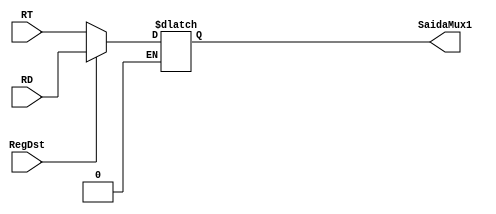
module MUX1 (RD, RT, RegDst, SaidaMux1);
  input [4:0] RD; //parte [15:11] da instrucao
  input [4:0] RT; //parte [20:16] da instrucao
  input RegDst;
  output reg [4:0] SaidaMux1;

  always @ (RegDst) begin
    if (RegDst == 1'b1) begin
      SaidaMux1 = RD;
    end
    if (RegDst == 1'b0) begin
      SaidaMux1 = RT;
    end
  end
endmodule




module MUXALU (Mux0, Mux1, ALUSrc, SaidaMuxAlu);
  input [31:0]Mux0;    //recebe Read data 2 do Banco de Registradores
  input [31:0]Mux1;   //recebe a instrucao [15:0] apos o Sign-extend
  input ALUSrc;       //Sinal de controle
  output reg[31:0] SaidaMuxAlu;

  always @(ALUSrc) begin
    if (ALUSrc == 1'b1) begin
      SaidaMuxAlu = Mux1;
    end
    if(ALUSrc == 1'b0) begin
      SaidaMuxAlu = Mux0;
    end
  end
endmodule




module MUXDataWrite (MemToReg, ReadData, ALUResult, WriteData);
  input MemToReg;
  input [31:0] ReadData;
  input [31:0] ALUResult;
  output reg [31:0] WriteData;

  always @(MemToReg) begin
    if(MemToReg == 0) begin
      WriteData = ALUResult;
    end
    if(MemToReg == 1) begin
      WriteData = ReadData;
    end
  end
endmodule




//Multiplexador do Desvio condicional
module muxDesvio (Mux0, Mux1, ControleAND, SaidaMuxAdd);
  input [31:0] Mux0; //Valor 1 de entrada no MUX de desvio condicional
  input [31:0] Mux1; //Valor 2 de entrada no MUX de desvio condicional
  input ControleAND; //Controle de sinal apos AND
  output reg [31:0] SaidaMuxAdd; //Saida do MUX de desvio condicional

  always @ (ControleAND) begin
    if(ControleAND == 1'b1) begin
      SaidaMuxAdd = Mux0;
    end
    else begin
      SaidaMuxAdd = Mux1;
    end
  end
endmodule